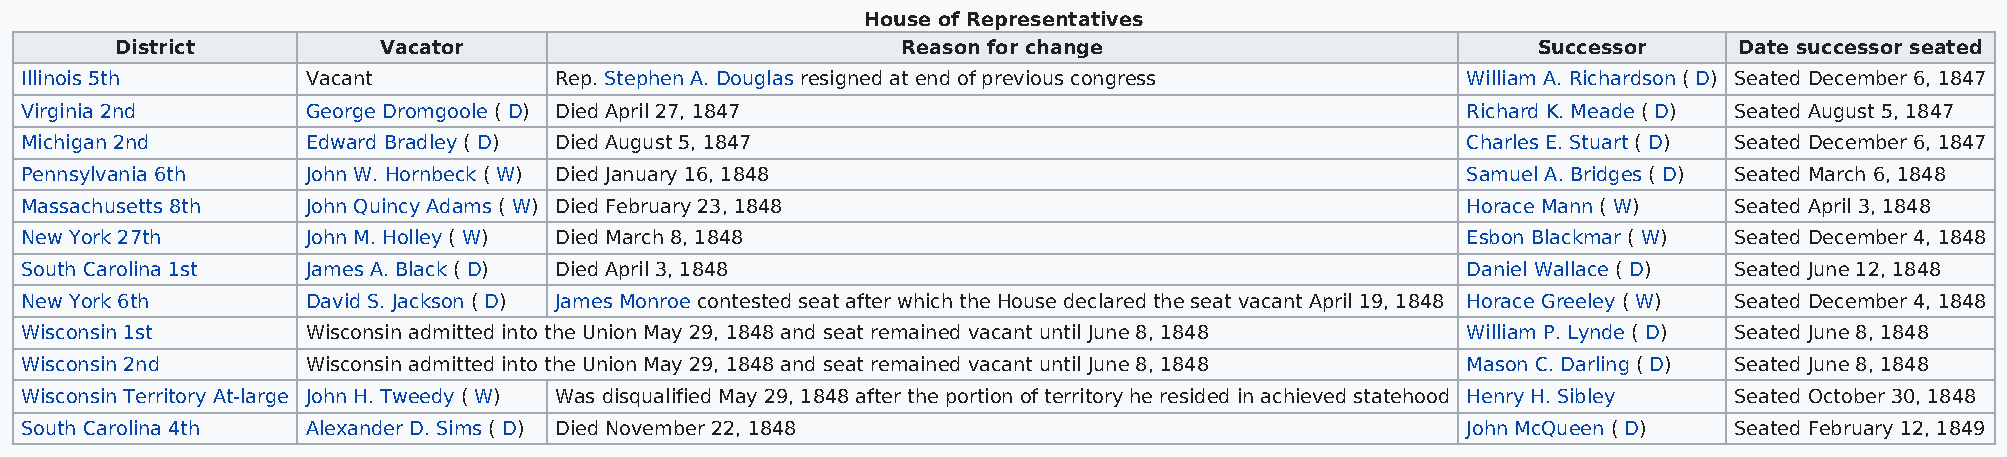
House of Representatives
 District         Vacator                            Reason for change                         Successor    Date successor seated
 Illinois 5th       Vacant           Rep. Stephen A. Douglas resigned at end of previous congress William A. Richardson ( D) Seated December 6, 1847
 Virginia 2nd       George Dromgoole ( D) Died April 27, 1847                                    Richard K. Meade ( D) Seated August 5, 1847
 Michigan 2nd       Edward Bradley ( D) Died August 5, 1847                                      Charles E. Stuart ( D) Seated December 6, 1847
 Pennsylvania 6th   John W. Hornbeck ( W) Died January 16, 1848                                  Samuel A. Bridges ( D) Seated March 6, 1848
 Massachusetts 8th  John Quincy Adams ( W) Died February 23, 1848                                Horace Mann ( W)  Seated April 3, 1848
 New York 27th      John M. Holley ( W) Died March 8, 1848                                       Esbon Blackmar ( W) Seated December 4, 1848
 South Carolina 1st James A. Black ( D) Died April 3, 1848                                       Daniel Wallace ( D) Seated June 12, 1848
 New York 6th       David S. Jackson ( D) James Monroe contested seat after which the House declared the seat vacant April 19, 1848 Horace Greeley ( W) Seated December 4, 1848
 Wisconsin 1st      Wisconsin admitted into the Union May 29, 1848 and seat remained vacant until June 8, 1848 William P. Lynde ( D) Seated June 8, 1848
 Wisconsin 2nd      Wisconsin admitted into the Union May 29, 1848 and seat remained vacant until June 8, 1848 Mason C. Darling ( D) Seated June 8, 1848
 Wisconsin Territory At-large John H. Tweedy ( W) Was disqualified May 29, 1848 after the portion of territory he resided in achieved statehood Henry H. Sibley Seated October 30, 1848
 South Carolina 4th Alexander D. Sims ( D) Died November 22, 1848                                John McQueen ( D) Seated February 12, 1849